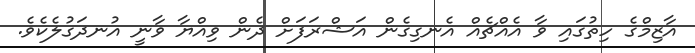
އާޒިމްގެ ހިތުގައި ވާ އެއްޗެއް އެނގިގެން އަޝްރަފަށް ދެން ވިއްޔާ ވާނީ އުނދަގުލެކެވެ.